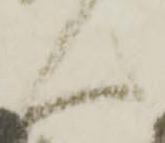
ん